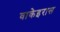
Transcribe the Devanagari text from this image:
वाकेइरास